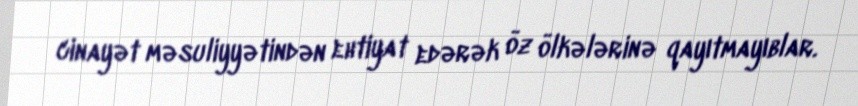
cinayət məsuliyyətindən ehtiyat edərək öz ölkələrinə qayıtmayıblar.